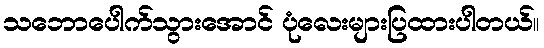
သဘောပေါက်သွားအောင် ပုံလေးများပြထားပါတယ်။